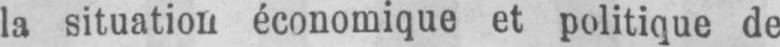
la situation économique et politique de